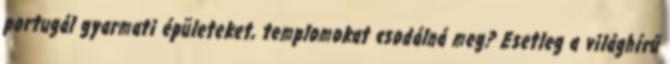
portugál gyarmati épületeket, templomokat csodálná meg? Esetleg a világhírű